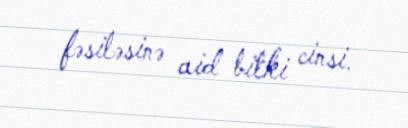
fəsiləsinə aid bitki cinsi.